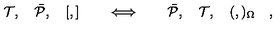
{ \cal T } , \quad \bar { \cal P } , \quad [ , ] \quad \quad \Longleftrightarrow \quad \quad \bar { \cal P } , \quad { \cal T } , \quad ( , ) _ { \Omega } \quad ,